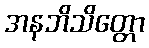
အနဘိသိတ္တော